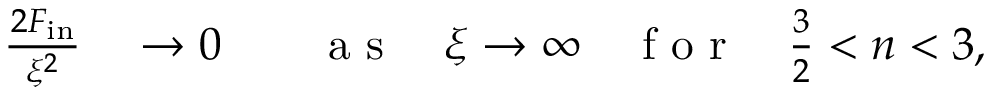
\begin{array} { r l r l } { \frac { \d ^ { 2 } F _ { \mathrm { i n } } } { \d \xi ^ { 2 } } } & { { } \to 0 } & { } & { { } \mathrm { ~ a ~ s ~ } \quad \xi \to \infty \quad \mathrm { ~ f ~ o ~ r ~ } \quad \frac 3 2 < n < 3 , } \end{array}